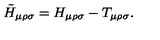
\tilde { H } _ { \mu \rho \sigma } = H _ { \mu \rho \sigma } - T _ { \mu \rho \sigma } .